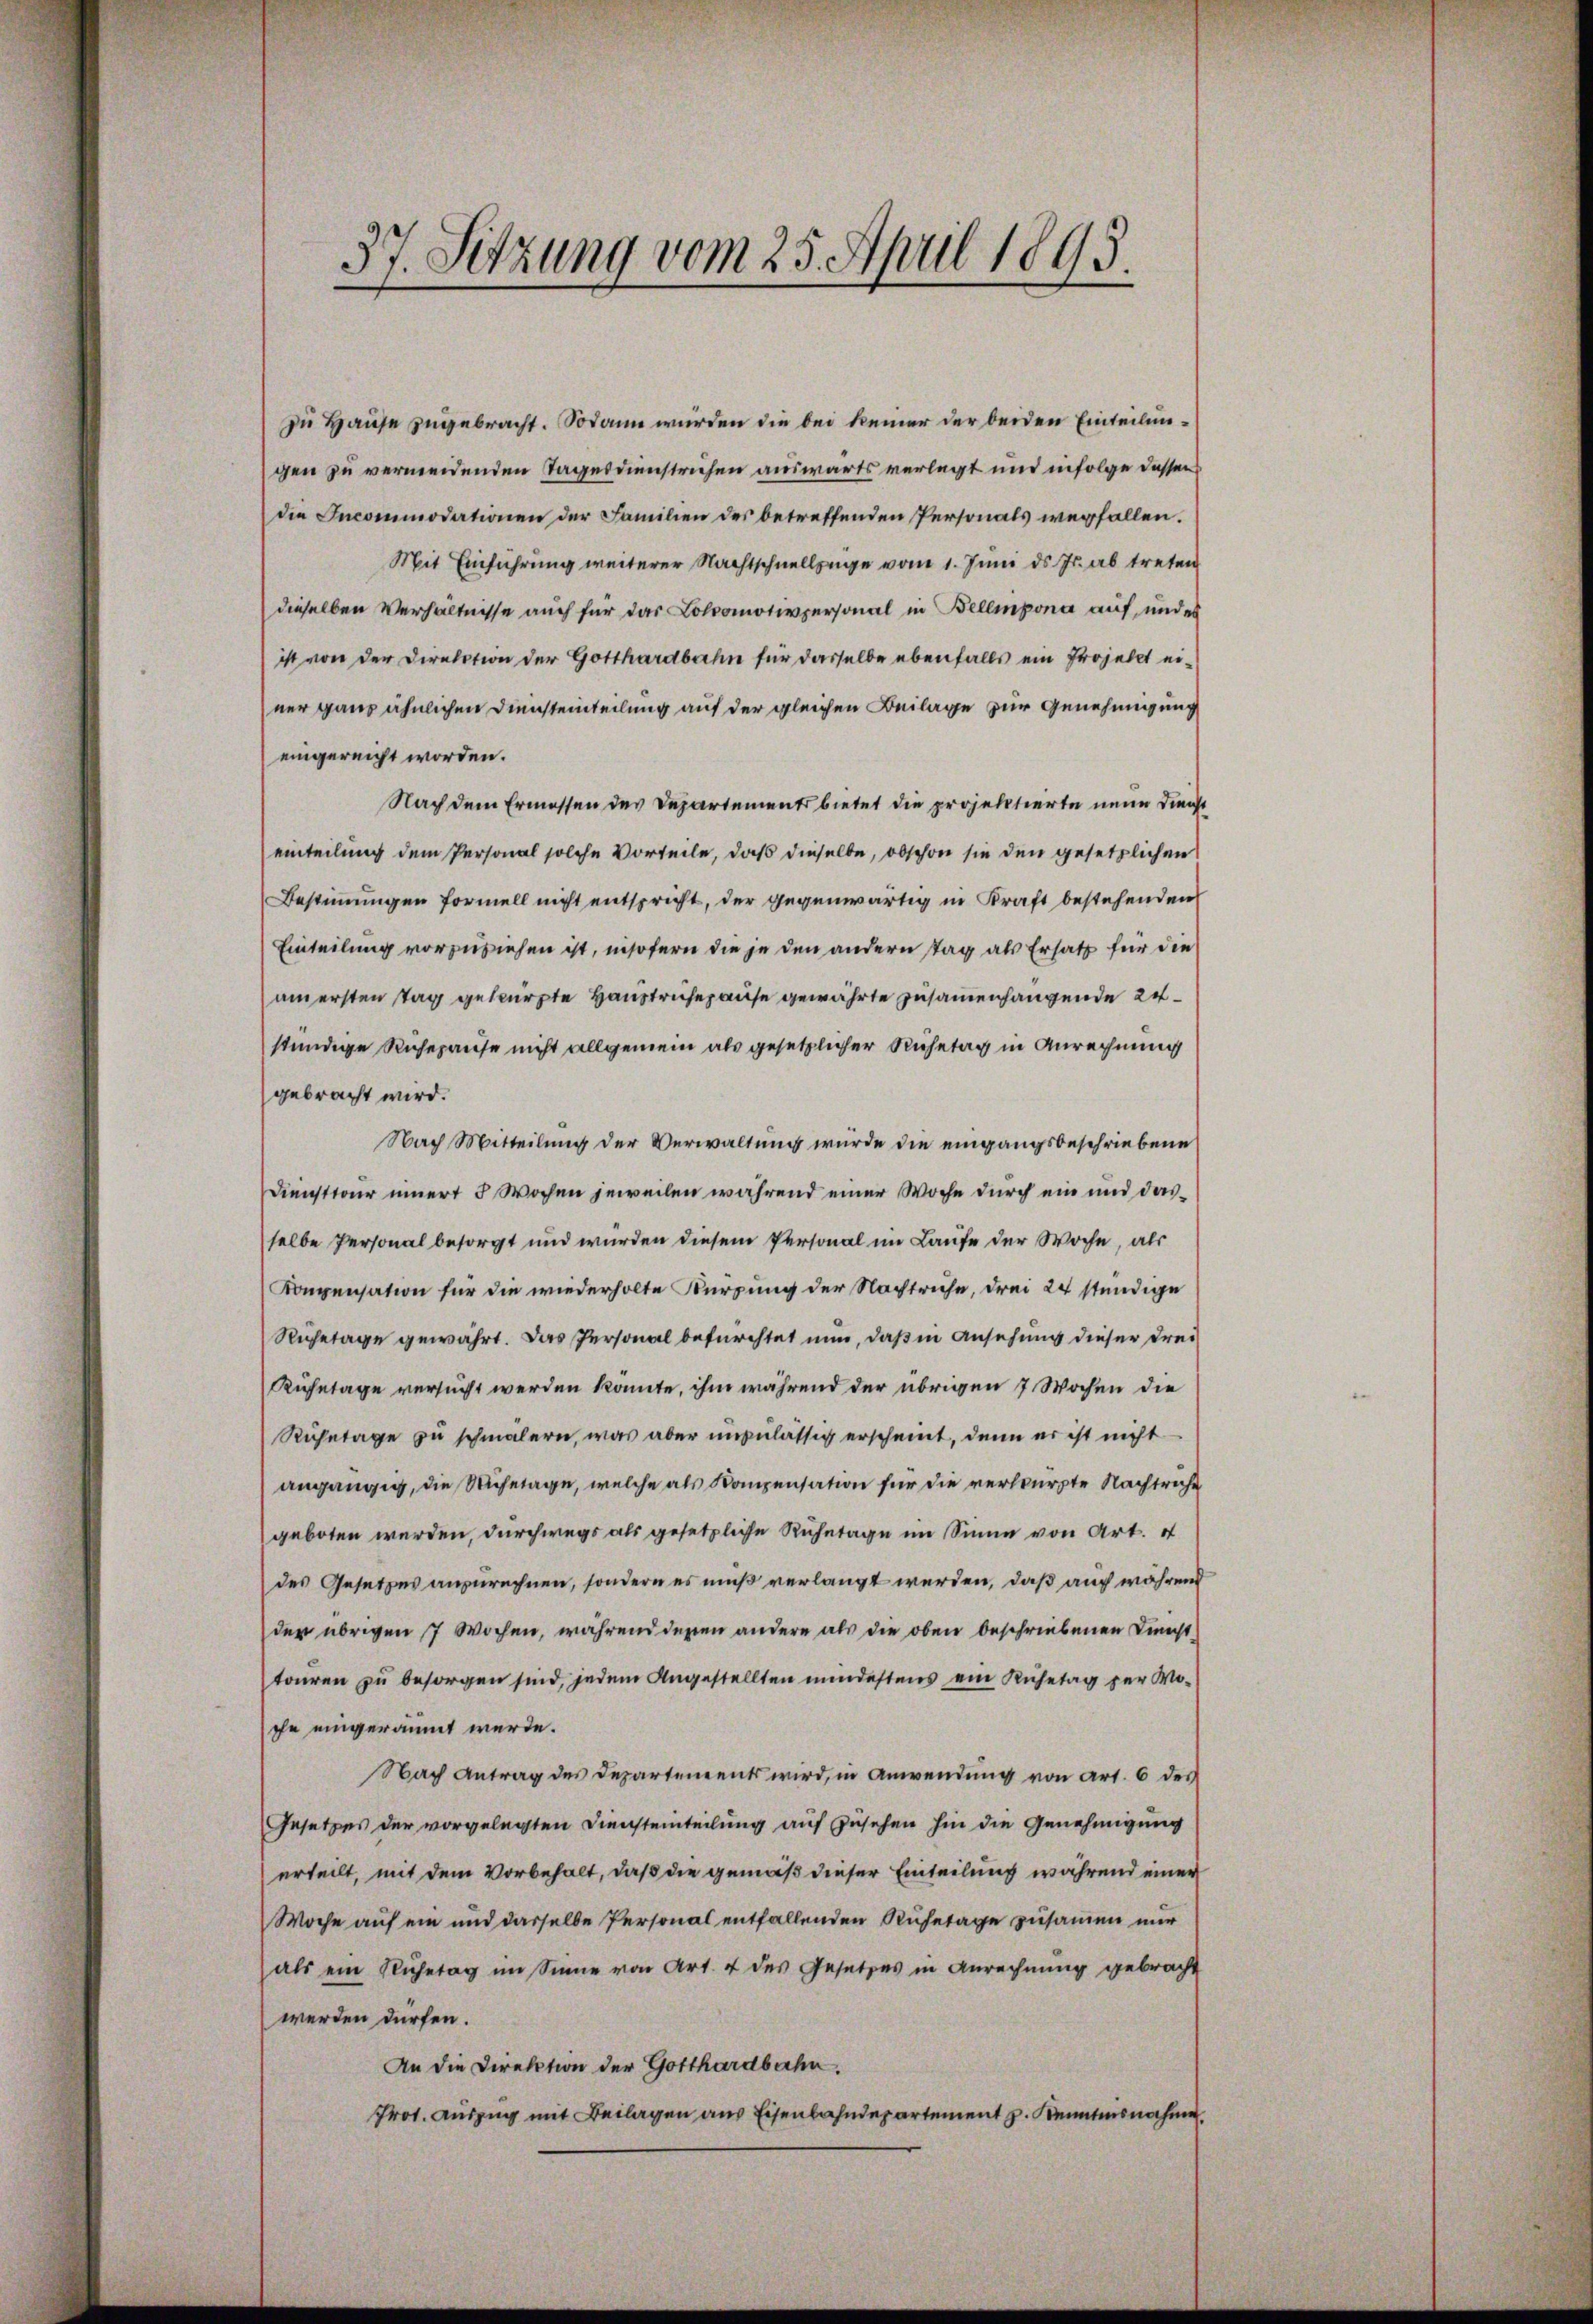
37. Sitzung vom 25. April 1893.
e

zu Hause zugebracht. Sodann wurden die bei keiner der beiden Einteilungen zu vermeidenden Tagesdienstrichen auswärts verlegt und infolge dessen
die Incommodationen der Familien des betreffenden Personals wegfallen.
Mit Einführung weiterer Nachtschnellzüge vom 1. Juni d. Js. ab treten
dieselben Verhältnisse auch für das Lokomotivpersonal in Bellmpona auf, und es
ist von der Direktion der Gotthardbahn für dasselbe ebenfalls ein Projekt einer ganz ähnlichen Diensteinteilung auf der gleichen Beilage zur Genehmigung
eingereicht worden.
Nach dem Ermessen des Departements bietet die projektierte neue Dienst
einteilung dem Personal solche Vorteile, daß dieselbe, obschon sie den gesetzlichen
Bestimmungen formell nicht entspricht, der gegenwärtig in Kraft bestehenden
Einteilung vorzuziehen ist, insofern die je den andern tag als Ersatz für die
am ersten Tag gekürzte Haustriche ause gewährte zusammenhangende 24
stündige Ruhepause nicht allgemein als gesetzlicher Ruhetag in Anrechnung
gebracht wird.
Nach Mitteilung der Verwaltung wurde die eingangsbeschriebene
Diensttour innert 3 Wochen jeweilen während einer Woche durch ein und dasselbe Personal besorgt und wurden diesem Personal im Laufe der Woche, als
Konpensation für die wiederholte Kürzung der Nachtruhe, drei 24 stündige
Ruhetage gewährt. Das Personal befürchtet nun, daß in Ansehung dieser Frei¬
Ruhetage versucht werden könnte, ihm während der übrigen 7 Wochen die
Ruhetage zu schmälern, was aber unzulässig erscheint, denn er ist nicht
angängig, die Ruhetage, welche als Kompensation für die verkürzte Nachtriche
geboten werden, durchwegs als gesetzliche Ruhetage im Sinne von Art. 4
des Gesetzes anzurechnen, sondern es muß verlangt werden, daß auch während
der übrigen 7 Wochen, während denen andere als die oben beschriebenen Dinicht
touren zu besorgen sind, jedem Angestellten mindestens ein Ruhetag zur Woche eingeräumt werde.
Nach Antrag des Departements wird, in Anwendung von Art. 6 des
Gesetzes der vorgelegten Diensteinteilung auf Zusehen hin die Genehmigung
erteilt, mit dem Vorbehalt, daß die gemäß dieser Einteilung während einer
Woche auf ein und dasselbe Personal entfallenden Ruhetage zusammen nur
als ein Ruhetag im Sinne von Art. 4 des Gesetzes in Anrechnung gebracht
werden dürfen.
An die Direktion der Gotthardbahn.
Prot. Auszug mit Beilagen aus Eisenbahndepartement z. Kenntnisnahme